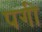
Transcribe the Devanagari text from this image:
पगी